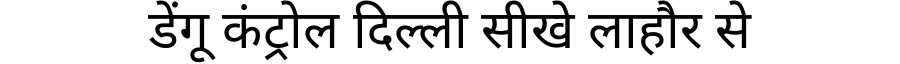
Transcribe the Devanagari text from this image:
डेंगू कंट्रोल दिल्ली सीखे लाहौर से